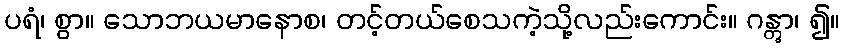
ပရံ၊ စွာ။ သောဘယမာနောစ၊ တင့်တယ်စေသကဲ့သို့လည်းကောင်း။ ဂန္တွာ၊ ၍။